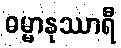
ဓမ္မာနုဿာရီ